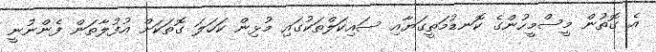
އެ ގޮތުން މީސްމީހުންގެ ކޮނޑުމަތީގަޔާއި ސައިކަލްތަކުގައި މުޅިން ކަހަލަ ގޮތަކަށް އުފުލާތަން ފެންނުނީ